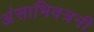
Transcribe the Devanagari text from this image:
अंसाभिवत्रनी